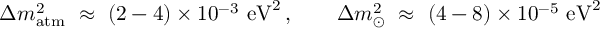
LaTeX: \Delta m _ { \mathrm { a t m } } ^ { 2 } \ \approx \ ( 2 - 4 ) \times 1 0 ^ { - 3 } ~ \mathrm { e V } ^ { 2 } \, , \qquad \Delta m _ { \odot } ^ { 2 } \ \approx \ ( 4 - 8 ) \times 1 0 ^ { - 5 } ~ \mathrm { e V } ^ { 2 }